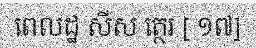
ពេលដ្ឋ សីស ត្ថេរ [ ១៧]